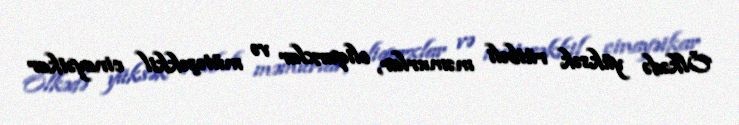
Ölkədə yüksək rütbəli məmurlar, oliqarxlar və mütəşəkkil cinayətkar